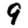
Digit: 9